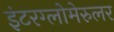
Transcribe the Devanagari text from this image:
इंटरग्लोमेरुलर